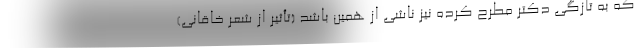
که به تازگی دکتر مطرح کرده نیز ناشی از همین باشد (تأثیر از شعر خاقانی)